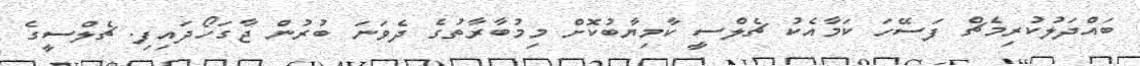
ބައްދަލުކުރިމެޗް ފަސޭހަ ކަމާއެކު ޗެލްސީ ކާމިޔާބުކޮށް މިމުބާރާތުގެ ދެވަނަ ބުރުން ޖާގަހޯދައިފި. ޗެލްސީގެ